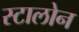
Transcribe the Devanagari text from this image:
स्टालोन